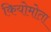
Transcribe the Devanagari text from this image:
कियोमोता